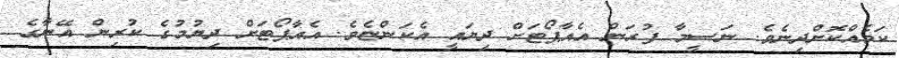
ކަމެއްކޮށްދިނެވެ. ނަސީމާ ފުރަން އެއާޕޯޓަށް ދިޔައީ އެކަންޏެވެ. އެއާޕޯޓަށް ދިޔުމުގެ ކުރިން އޭނާގެ